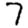
Digit: 7